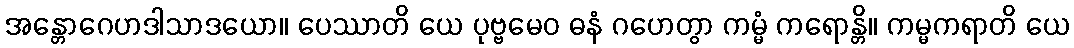
အန္တောဂေဟဒါသာဒယော။ ပေဿာတိ ယေ ပုဗ္ဗမေဝ ဓနံ ဂဟေတွာ ကမ္မံ ကရောန္တိ။ ကမ္မကရာတိ ယေ